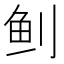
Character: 𬶀